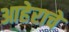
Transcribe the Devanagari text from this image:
आहेराचे